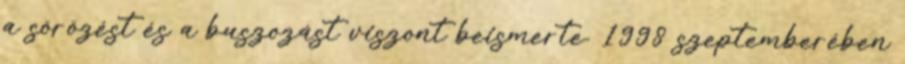
a sörözést és a buszozást viszont beismerte. 1998 szeptemberében